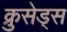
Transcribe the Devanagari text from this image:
क्रुसेड्स